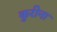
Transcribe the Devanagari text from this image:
कुरीना